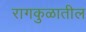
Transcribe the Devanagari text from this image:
रागकुळातील